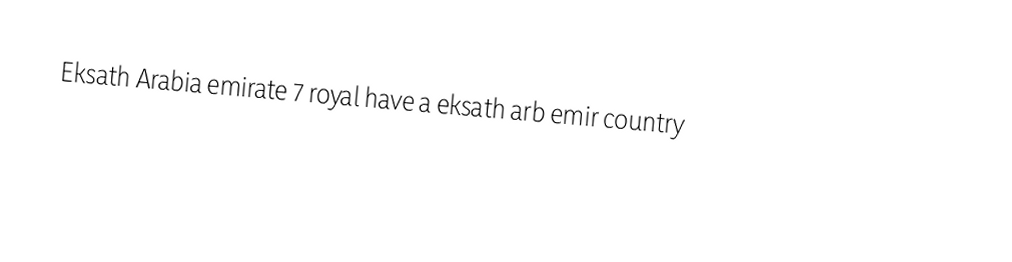
Eksath Arabia emirate 7 royal have a eksath arb emir country